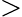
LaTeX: \mathrm{>}